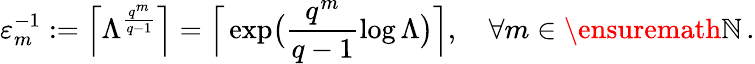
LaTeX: \varepsilon_{m}^{-1}:=\Big\lceil\Lambda^{\frac{q^{m}}{q-1}}\Big\rceil=\Big\lceil\exp\bigl(\frac{q^{m}}{q-1}\log\Lambda\bigr)\Big\rceil,\quad\forall m\in\ensuremath{\mathbb{N}}\, .